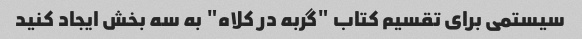
سیستمی برای تقسیم کتاب "گربه در کلاه" به سه بخش ایجاد کنید